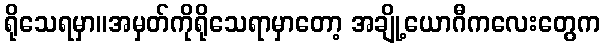
ရိုသေရမှာ။အမှတ်ကိုရိုသေရာမှာတော့ အချို့ယောဂီကလေးတွေက